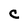
Character: c